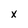
Character: X